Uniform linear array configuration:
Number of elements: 8
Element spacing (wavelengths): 0.5
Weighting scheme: cosine
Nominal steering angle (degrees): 30
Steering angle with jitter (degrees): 31.31
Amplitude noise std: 0.05
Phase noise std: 0.05

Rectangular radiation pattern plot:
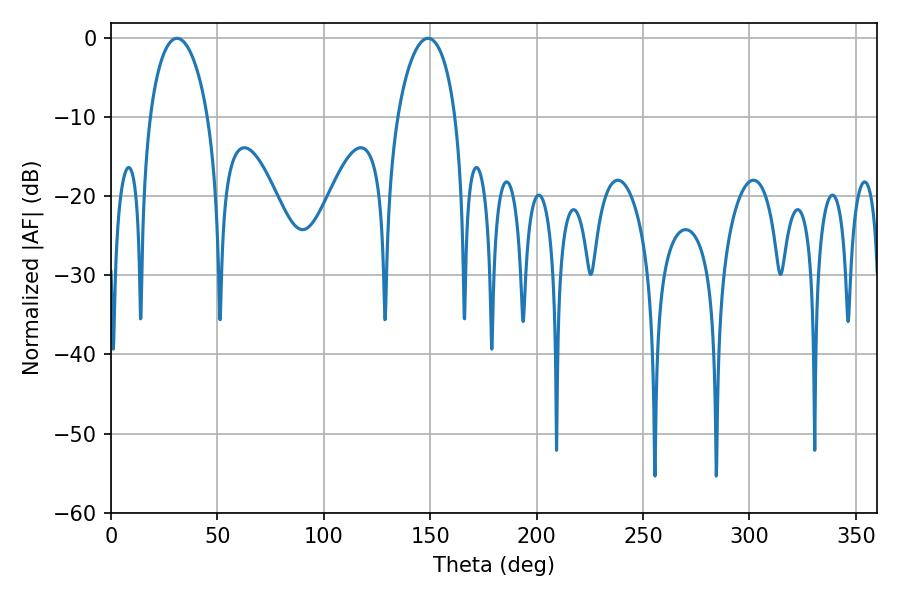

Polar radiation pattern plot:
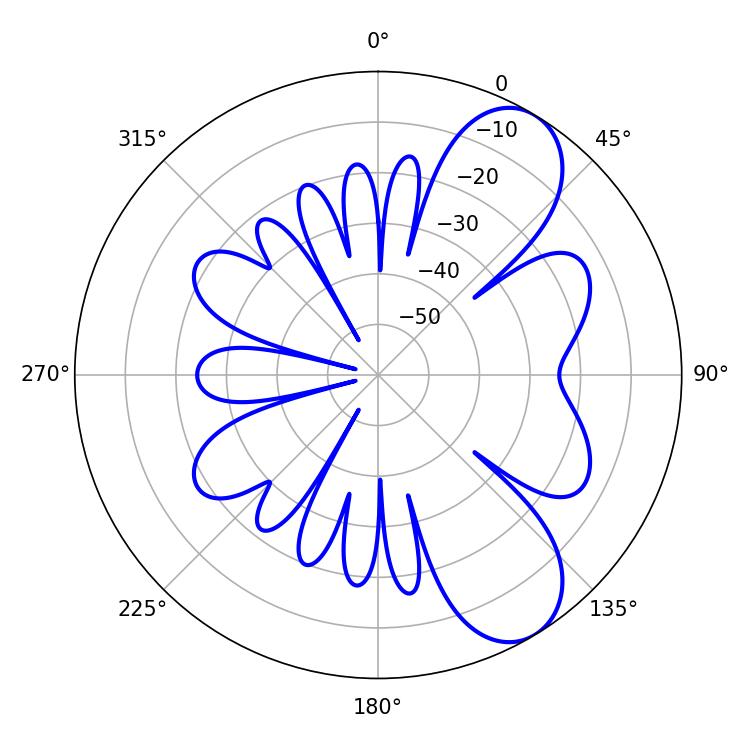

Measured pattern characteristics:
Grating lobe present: FALSE
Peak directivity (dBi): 8.129
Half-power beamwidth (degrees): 15.48
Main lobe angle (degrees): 30.96